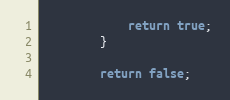
Language: Java
			return true;
		}

		return false;